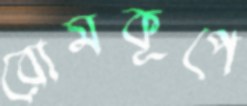
রোমকূপে